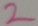
Text: 2